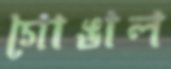
গোঙাল